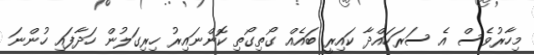
މިހާރުވެސް އެ ސަރަހައްދާ ކައިރީ ބައެއް ގޯތިގޯތި ކޮންނައިރު ހިރިގަލުން ހަދާފައި ހުންނަ